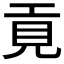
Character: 𢀢